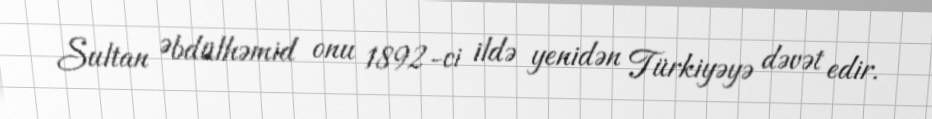
Sultan Əbdülhəmid onu 1892-ci ildə yenidən Türkiyəyə dəvət edir.